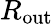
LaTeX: R_{\mathrm{out}}